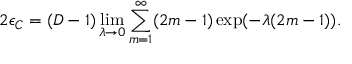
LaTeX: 2 \epsilon _ { C } = ( D - 1 ) \operatorname * { l i m } _ { \lambda \to 0 } \sum _ { m = 1 } ^ { \infty } ( 2 m - 1 ) \exp ( - \lambda ( 2 m - 1 ) ) .